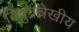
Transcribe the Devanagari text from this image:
विषुवत्रेखीय